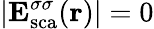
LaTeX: |{\mathbf E}_{\mathrm{{sca}}}^{\sigma\sigma}({\mathbf r})|=0